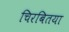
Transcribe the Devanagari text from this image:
चिरबितया